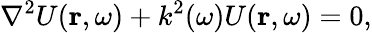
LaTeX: \nabla^{2}U(\textbf{r},\omega)+k^{2}(\omega)U(\textbf{r},\omega)=0,